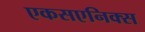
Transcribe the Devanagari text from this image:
एकसएनिक्स